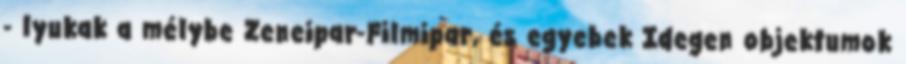
- lyukak a mélybe Zeneipar-Filmipar, és egyebek Idegen objektumok